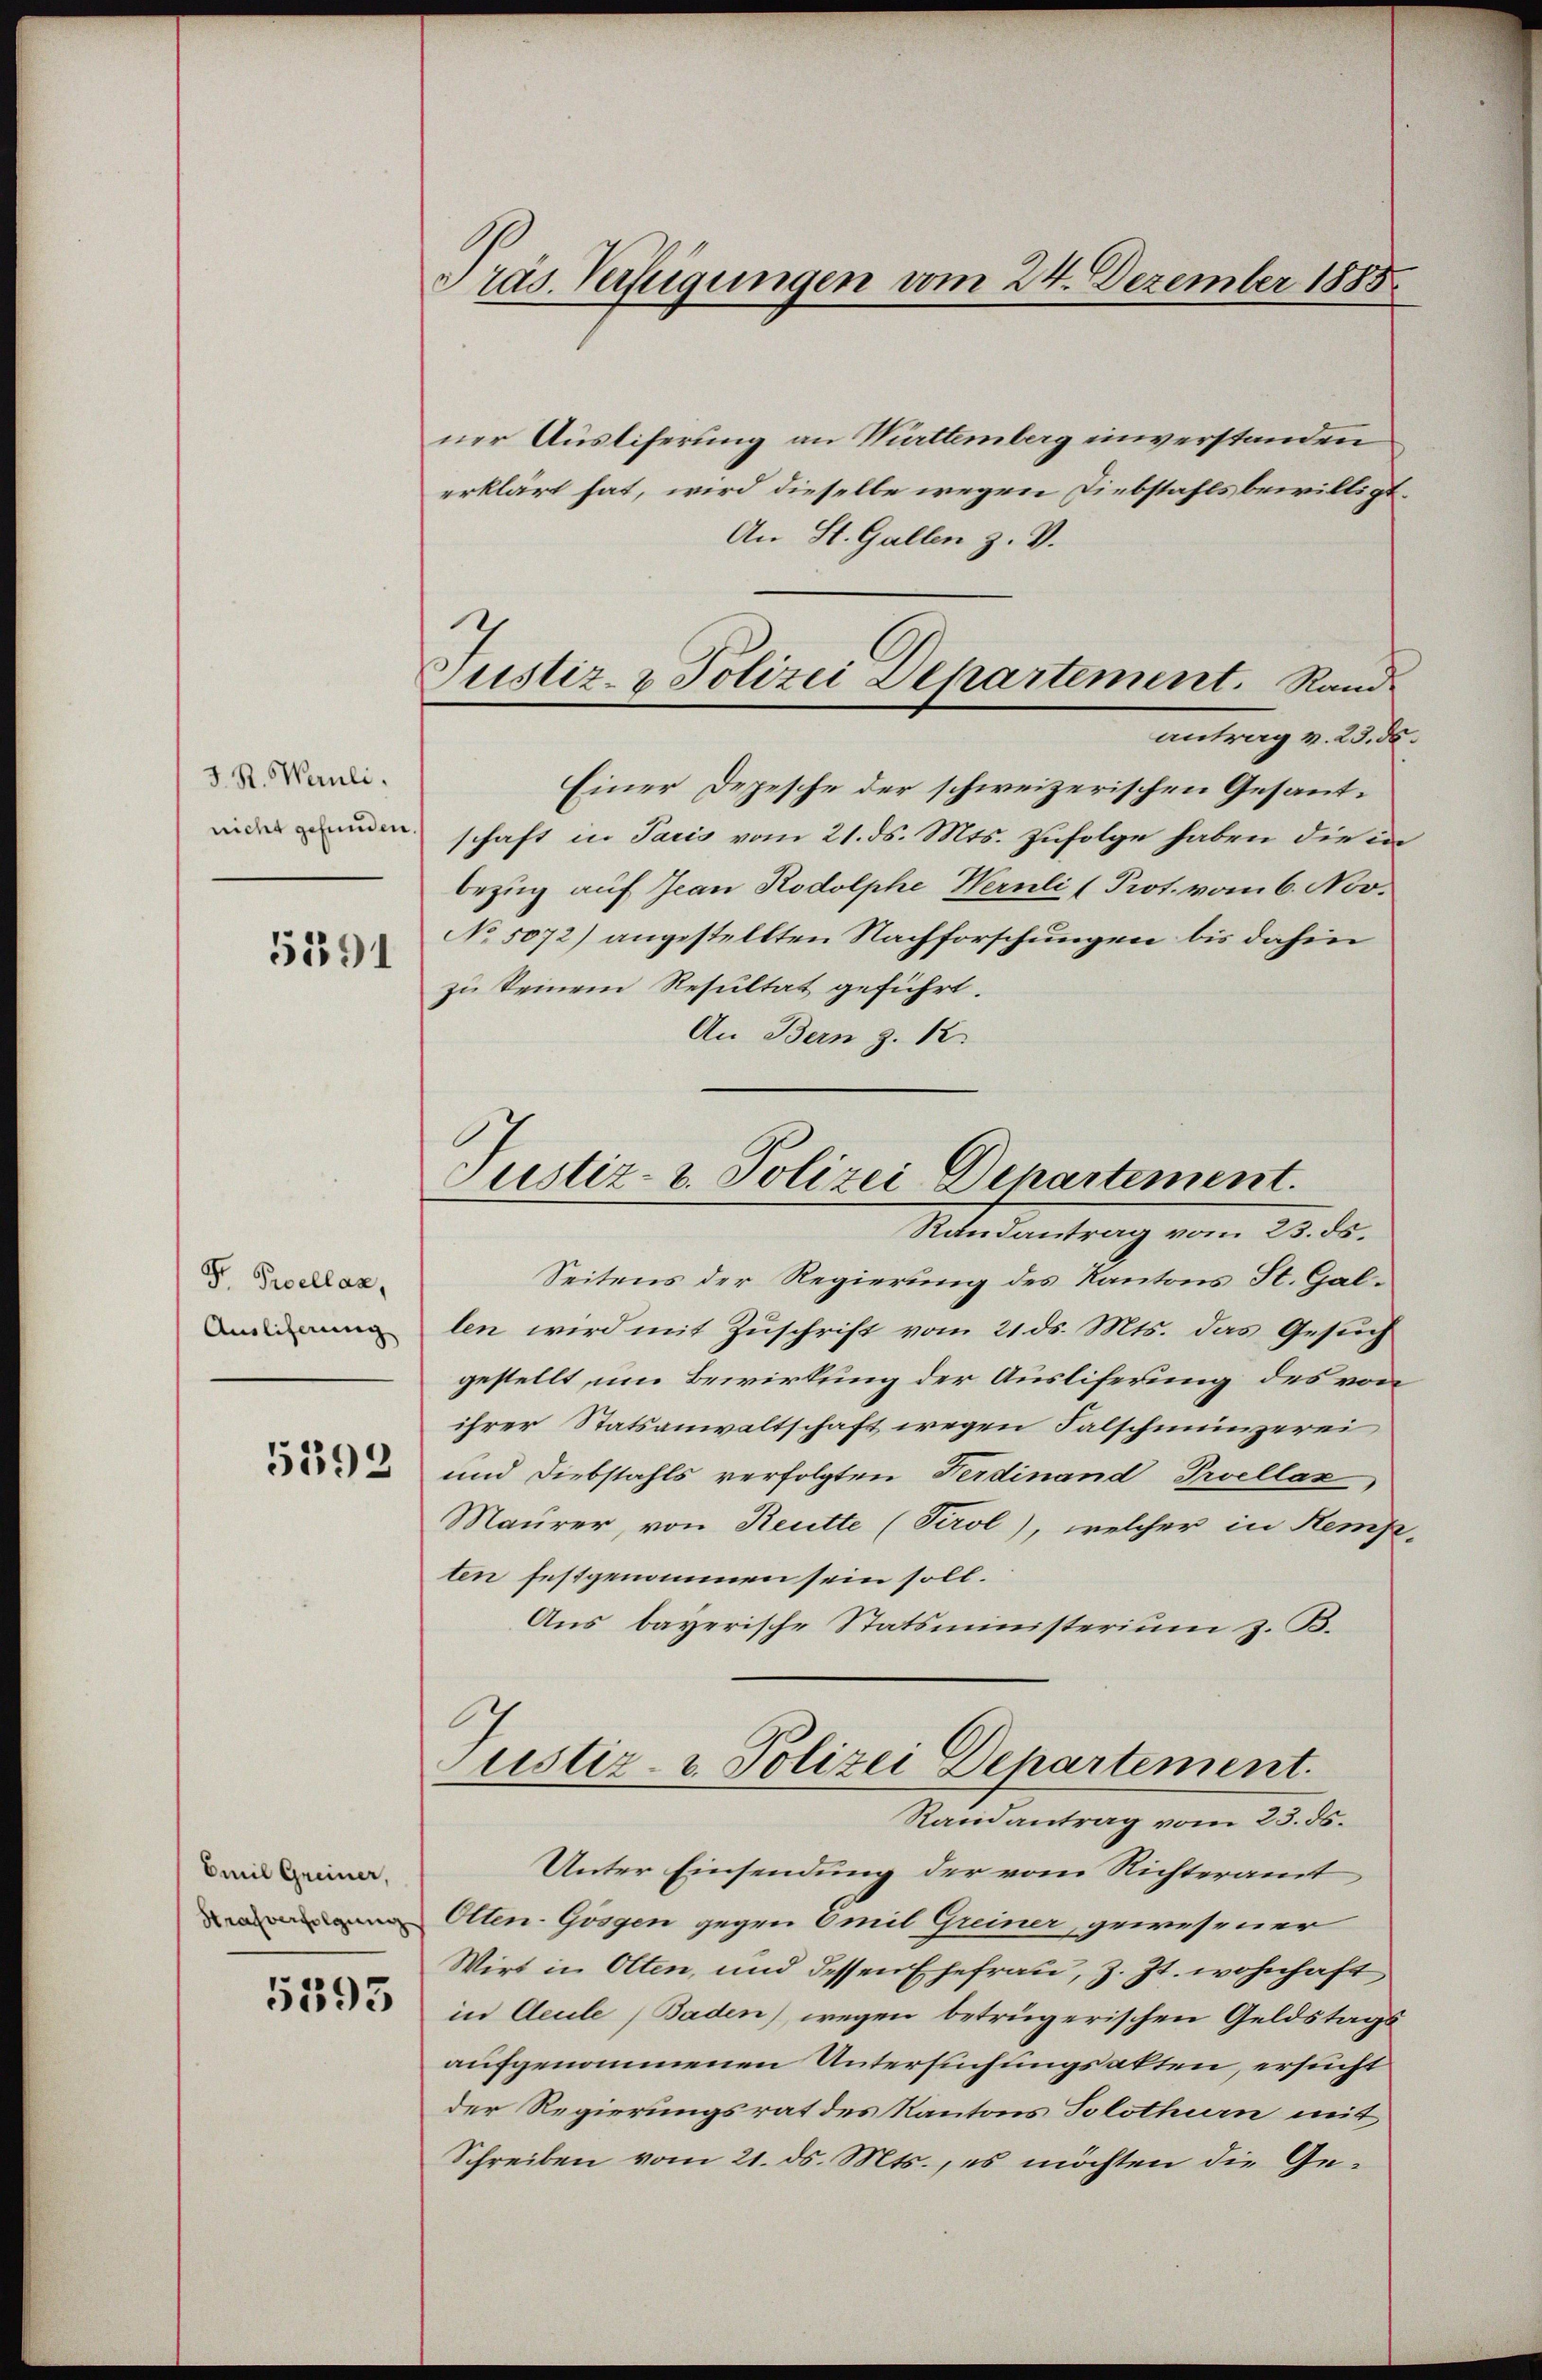
J. St. Pauli.
nicht gefunden

5391

Gr. Proellan,
Auslicherung

5292

Emil Greiner,

5393

s ras. Verfügungen vom 24. Dezember 1885.

Justiz- & Polizei Departement. Rand.

ner Ausliferung an Württemberg einverstanden
erklärt hat, wird dieselbe wegen Diebstahls bewilligt.
An St. Gallen z. V.
antrag v. 23. ds.
Einer Depesche der schweizerischen Gesantschaft in Paris vom 21. ds. Mts. Zufolge haben die in
bezug auf Jean Rodolphe Wernli (Prot. vom 6. Nov.
No 5072) angestellten Nachforschungen bis dahin
zu Seinem Resultat geführt.
An Bern z. B.
Miedentrag vom 22. d.
Seitens der Regierung des Kantons St. Gallen wird mit Zuschrift vom 21. ds. Mts. das Gesuch
gestellt um Bewirkung der Auslieferung des von
ihrer Statsanwaltschaft wegen Falschmünzerei
und Diebstahls verfolgten Ferdinand Proellax
Maurer, von Reutte (Tirol, welcher in Hempten festgenommen sein soll.
Aus bayerische Statsministerium z. B.
Justiz- & Polizei Departement.
Randantrag vom 23. ds.
Unter Einsendung der vom Richteramt
Oten-Gösgen gegen Emil Greiner, gewesener
Wirt in Olten, und dessen Ehefrau, z. Zt. wohnhaft
in Acule, Baden) wegen betrügerischen Geldstagsaufgenommenen Untersuchungsakten, ersucht
der Regierungsrat des Kantons Solothurn mit
Schreiben vom 21. ds. Mts., es möchten die Ge¬

Justiz- u. Polizei Departement.